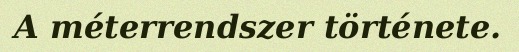
A méterrendszer története.